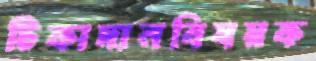
টিকাদানবিষয়ক